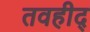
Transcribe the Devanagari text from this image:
तवहीद्